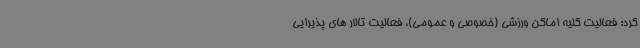
کرد: فعالیت کلیه اماکن ورزشی (خصوصی و عمومی)، فعالیت تالار های پذیرایی